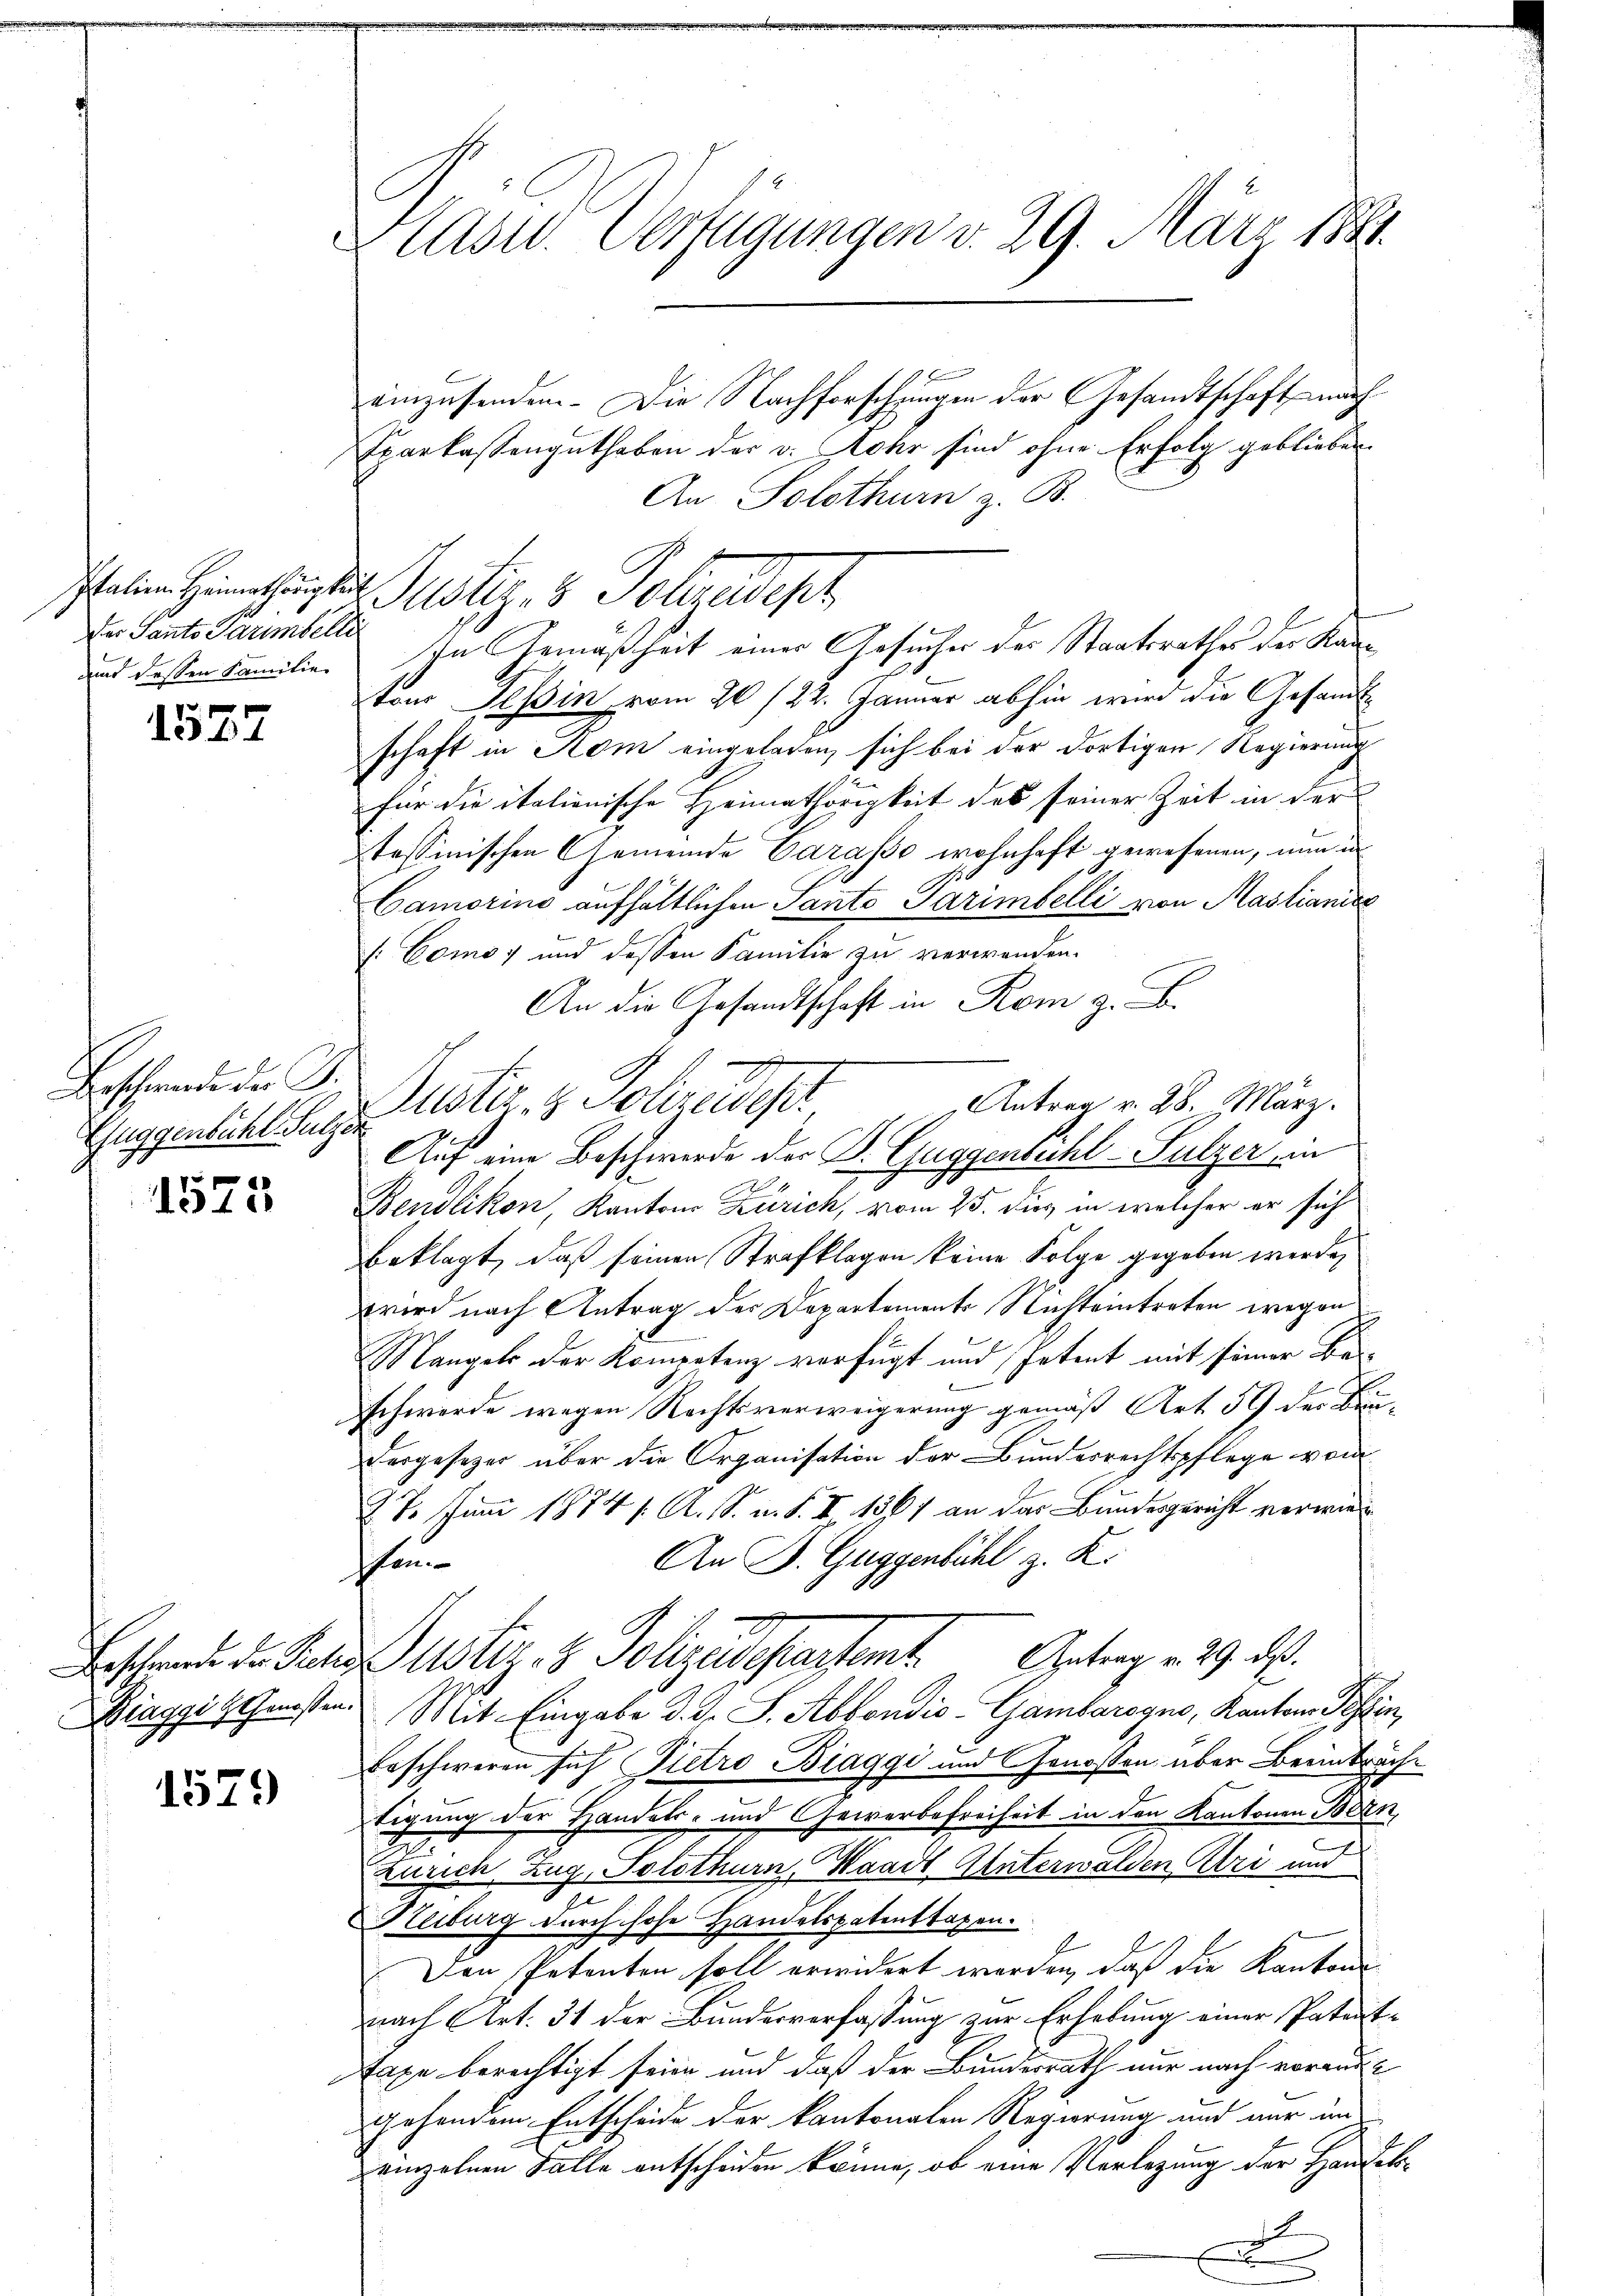
der Sants darumbelle
und dessen Familie

1527

Beschwerde der G.
Guggenbühl. Sulzer

1525

1579

lasw. Verfügungen v. 29. März 1881.

einzusenden. Die Nachforschungen der Gesandtschaft nach
Eparkassenguthaben der v. Mohr sind ohne Erfolg geblieben.
An Solothurn z. B.
In Gemäßheit einer Gesucher des Staatsrathes der Kanton Tessin vom 20 /22. Januar abhin wird die Gesandtschaft in Rom eingeladen, sich bei der dortigen Regierung
für die italienische Heimathörigkeit des seiner Zeit in der
tessinischen Gemeinde Varase wohnhaft gewesenen, nun in
Camorins aufhältlichen Santo Garimbelli von Mastianice
[Como 7 und dessen Familie zu verwenden.
An die Gesandtschaft in Rom z. B.
Antrag v. 28. März.
Auf eine Beschwerde der B. Guggensucht-Sulzer in
Bendlikon, Kantons Zürich, vom 25. dies in welcher er sich
beklagt, daß seinen Strafklagen keine Folge gegeben werden
wird nach Antrag der Departements Nichteintreten wegen
E
Mangels der Kompetenz verfügt und Petent mit seiner Beschwerde wegen Rechtsverweigerung gemäß Art. 59 der Bun-
dergesezer über die Organisation der Bundesrechtspflege vom
27. Juni 1874 / A. S. u. S. II. 1861 an das Bundesgericht verwie¬
An P. Guggenbühl z. K.
sen
Beschende der Peter Mustiz- & Polizeidepartamt Antrag v. 29. ds.
Diaggithausen. Mit Eingabe d. J. J. Abbondić-Gambarogno, Kantons Tessin,
beschweren sich Pietro Biaggi und Genossen über Beeinträchtigung der Handels- und Gewerbefreiheit in den Kantonen Bern,
Zürich Zug, Solothurn, Waadt Unterwalden Uri und
Reiburg durch hohe Handelspatenttaxen.
Den Petenten soll erwidert werden, daß die Kantons
nach Art. 31 der Bundesverfassung zur Erhebung einer Patent-
Taxe berechtigt seien und daß der Bundesrath nur nach voraus
gesondern Entscheide der kantonalen Regierung und nur im
einzelnen Falle entscheiden könne, ob eine Verlegung der Handelsn

Italien Heimathringte Justiz & Polizeidept

Puster. v. Polizeidiger,